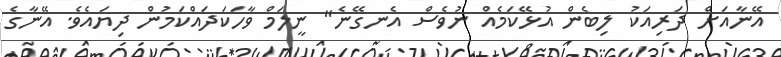
އޭނާއަށް ދަރިއަކު ލިބެން އުޅޭކަމެއް ނުވެސް އެނގޭނެ" ނީލަމް ވާހަކަދައްކަމުން ދިޔައެވެ. އޭނާގެ